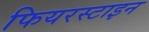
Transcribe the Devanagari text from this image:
फियरस्टाइन